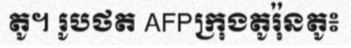
តូ។ រូបថត AFPក្រុងតូរ៉ុនតូ៖